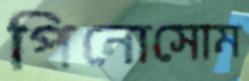
পিনোসোম